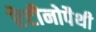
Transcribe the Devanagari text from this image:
रेटीनोपैथी